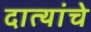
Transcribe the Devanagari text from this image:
दात्यांचे